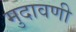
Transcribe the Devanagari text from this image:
मुदावणी